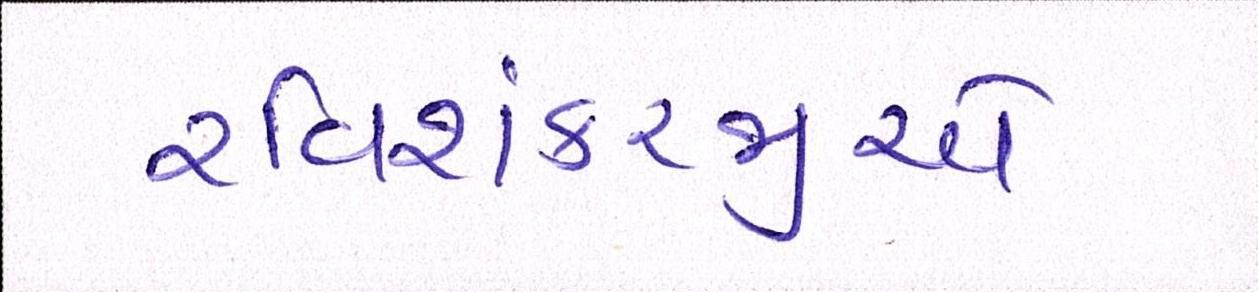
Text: રવિશંકરજીએ